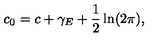
c _ { 0 } = c + \gamma _ { E } + \frac { 1 } { 2 } \ln ( 2 \pi ) ,